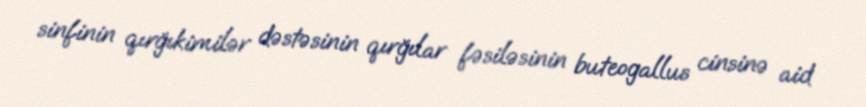
sinfinin qırğıkimilər dəstəsinin qırğılar fəsiləsinin buteogallus cinsinə aid